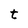
Character: t